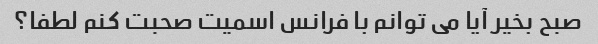
صبح بخیر آیا می توانم با فرانس اسمیت صحبت کنم لطفا؟